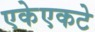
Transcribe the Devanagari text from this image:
एकेएकटे